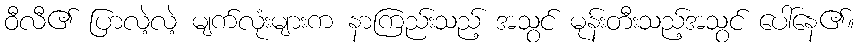
ဝီလီ၏ ပြာလဲ့လဲ့ မျက်လုံးများက နာကြည်းသည့် အသွင် မုန်းတီးသည့်အသွင် ပေါ်နေ၏။